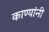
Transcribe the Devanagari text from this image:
काण्यांनी